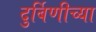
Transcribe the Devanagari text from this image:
दुर्बिणीच्‍या